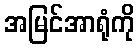
အမြင်အာရုံကို